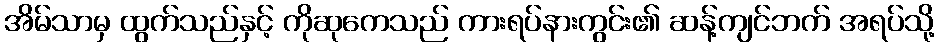
အိမ်သာမှ ထွက်သည်နှင့် ကိုဆုကေသည် ကားရပ်နားကွင်း၏ ဆန့်ကျင်ဘက် အရပ်သို့